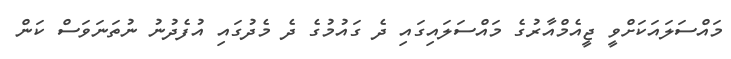
މައްސަލައަކަށްވީ ޖީއެމްއާރުގެ މައްސަލައިގައި ދެ ގައުމުގެ ދެ މެދުގައި އުފެދުނު ނުތަނަވަސް ކަން